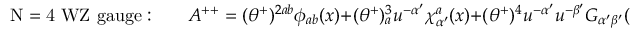
\mathrm { ~ N = 4 ~ W Z ~ g a u g e : } \qquad A ^ { + + } = ( \theta ^ { + } ) ^ { 2 a b } \phi _ { a b } ( x ) + ( \theta ^ { + } ) _ { a } ^ { 3 } u ^ { - \alpha ^ { \prime } } \chi _ { \alpha ^ { \prime } } ^ { a } ( x ) + ( \theta ^ { + } ) ^ { 4 } u ^ { - \alpha ^ { \prime } } u ^ { - \beta ^ { \prime } } G _ { \alpha ^ { \prime } \beta ^ { \prime } } ( x ) \ ,